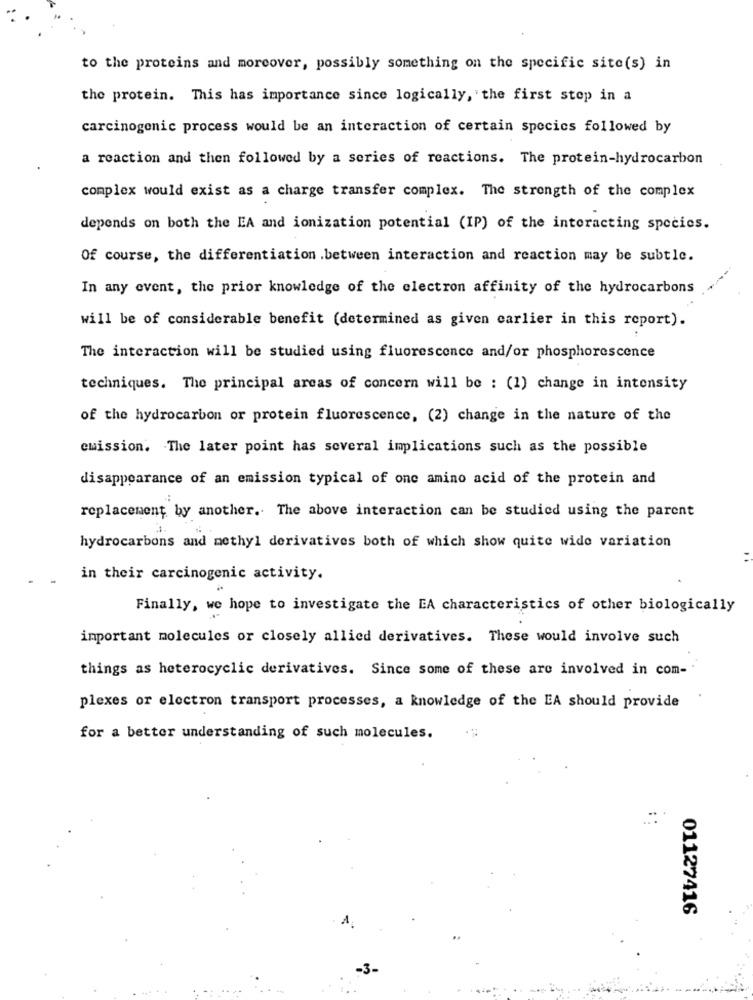
to the proteins and moreover, possibly something on the specific site(s) in
the protein. This has importance since logically, the first stop in a
carcinogenic process would be an interaction of certain specics followed by
a reaction and then followed by a series of reactions. The protein-hydrocarbon
complex would exist as a charge transfer complex. The strength of the complex
depends on both the EA and ionization potential (IP) of the interacting species.
Of course, the differentiation .between interaction and reaction may be subtle.
In any event, the prior knowledge of the electron affinity of the hydrocarbons
will be of considerable benefit (determined as given carlier in this report).
The interaction will be studied using fluorescence and/or phosphorescence
techniques. The principal areas of concern will be : (1) change in intensity
of the hydrocarbon or protein fluorescence, (2) change in the nature of the
emission. The later point has several implications such as the possible
disappearance of an emission typical of one amino acid of the protein and
replacement by another. The above interaction can be studied using the parent
hydrocarbons and methyl derivatives both of which show quite wide variation
in their carcinogenic activity.
Finally, we hope to investigate the EA characteristics of other biologically
important molecules or closely allied derivatives. These would involve such
things as heterocyclic derivatives. Since some of these are involved in com-
plexes or electron transport processes, a knowledge of the EA should provide
for a better understanding of such molecules.
01127416
-3-
. -